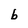
Character: b